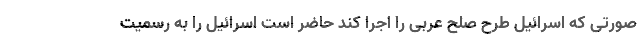
صورتی که اسرائیل طرح صلح عربی را اجرا کند حاضر است اسرائیل را به رسمیت